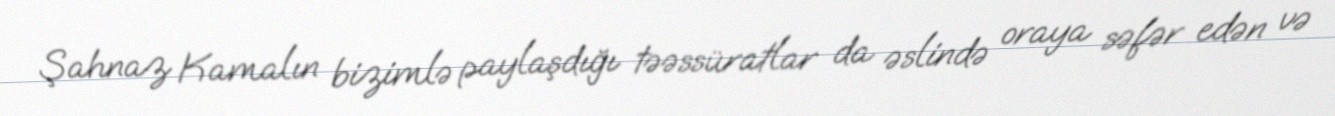
Şahnaz Kamalın bizimlə paylaşdığı təəssüratlar da əslində oraya səfər edən və